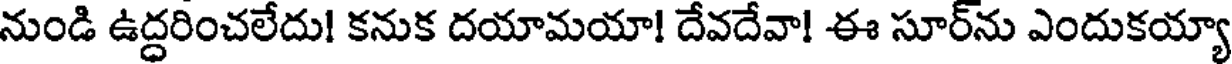
నుండి ఉద్దరించలేదు! కనుక దయామయా! దేవదేవా! ఈ సూర్ను ఎందుకయ్యా